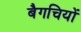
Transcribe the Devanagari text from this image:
बैगचियों